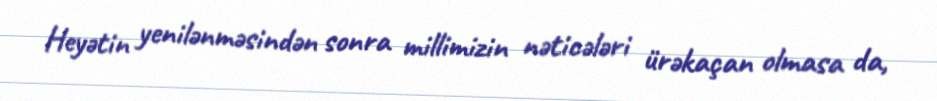
Heyətin yenilənməsindən sonra millimizin nəticələri ürəkaçan olmasa da,